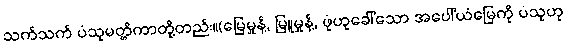
သက်သက် ပံသုမတ္တိကာတို့တည်း။(မြေမှုန့်, မြူမှုန့်, ဖုံဟုခေါ်သော အပေါ်ယံမြေကို ပံသုဟု